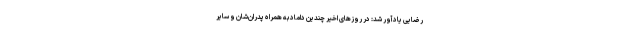
رضایی یادآور شد: در روزهای اخیر چندین داماد به همراه پدران‌شان و سایر